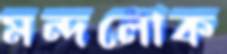
মন্দলোক